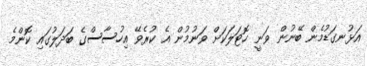
އަޅުނގަޑުމެން ބޭނުން ވަނީ ހޮޓަލަކަށް ވަނުމުން އެ ކުރެވޭ އިހުސާސްގެ ބަދަލުގައި ކޮންމެ